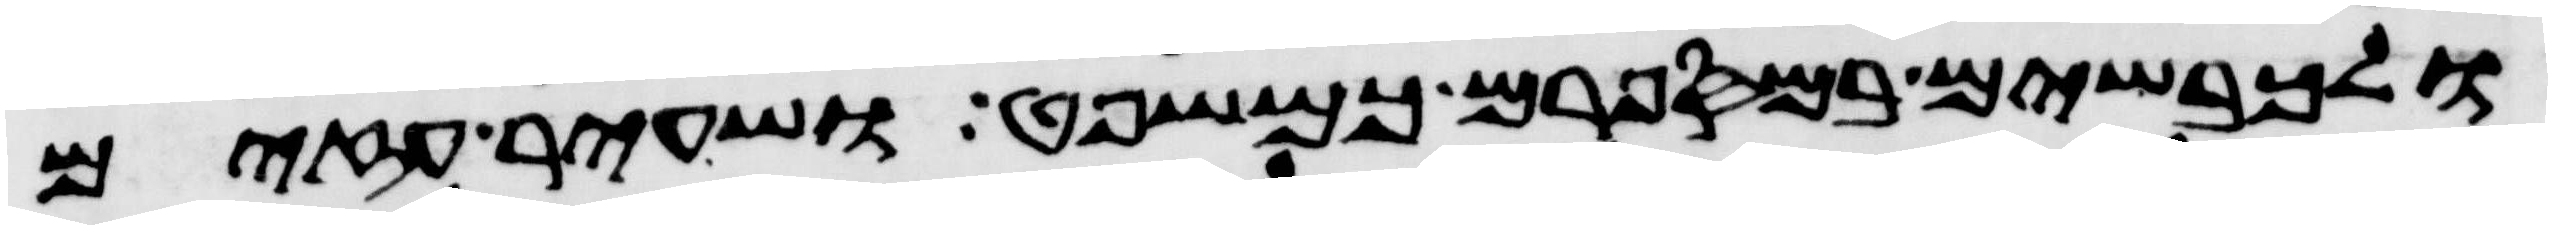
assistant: ולכבשים במספרם כמשפט ושעיר עזים